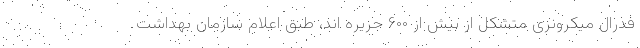
فدرال میکرونزی متشکل از بیش از ۶۰۰ جزیره اند، طبق اعلام سازمان بهداشت